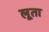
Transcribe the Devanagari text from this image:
लूता